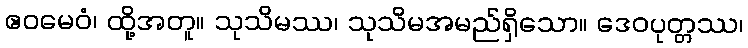
ဧဝမေဝံ၊ ထို့အတူ။ သုသိမဿ၊ သုသိမအမည်ရှိသော။ ဒေဝပုတ္တဿ၊